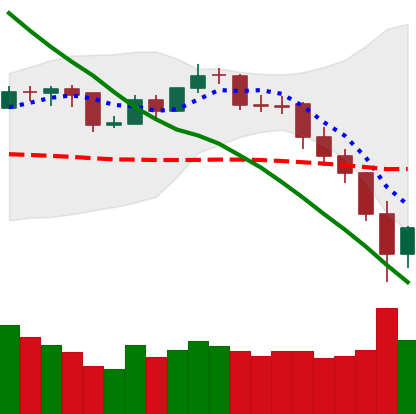
Ticker: BNB-USD
Chart end date: 2019-11-23
Forward return: -4.484%
Label: down_3_5